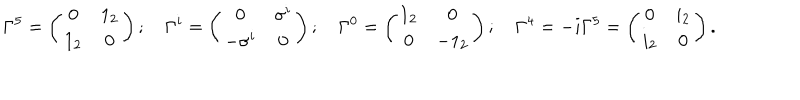
\Gamma ^ { 5 } = \left( \begin{array} { c c } { { 0 } } & { { 1 _ { 2 } } } \\ { { 1 _ { 2 } } } & { { 0 } } \\ \end{array} \right) ; \quad \Gamma ^ { i } = \left( \begin{array} { c c } { { 0 } } & { { \sigma ^ { i } } } \\ { { - \sigma ^ { i } } } & { { 0 } } \\ \end{array} \right) ; \quad \Gamma ^ { 0 } = \left( \begin{array} { c c } { { 1 _ { 2 } } } & { { 0 } } \\ { { 0 } } & { { - 1 _ { 2 } } } \\ \end{array} \right) ; \quad \Gamma ^ { 4 } = - i \Gamma ^ { 5 } = \left( \begin{array} { c c } { { 0 } } & { { i _ { 2 } } } \\ { { i _ { 2 } } } & { { 0 } } \\ \end{array} \right) .